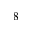
8